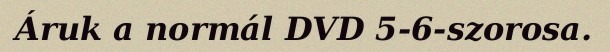
Áruk a normál DVD 5-6-szorosa.